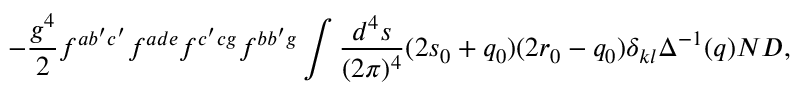
- \frac { g ^ { 4 } } { 2 } f ^ { a b ^ { \prime } c ^ { \prime } } f ^ { a d e } f ^ { c ^ { \prime } c g } f ^ { b b ^ { \prime } g } \int \frac { d ^ { 4 } s } { ( 2 \pi ) ^ { 4 } } ( 2 s _ { 0 } + q _ { 0 } ) ( 2 r _ { 0 } - q _ { 0 } ) \delta _ { k l } \Delta ^ { - 1 } ( q ) N D ,